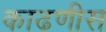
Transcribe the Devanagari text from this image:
काढणीस